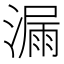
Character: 漏